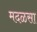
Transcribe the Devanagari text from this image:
मदळसा